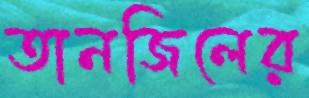
তানজিলের